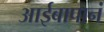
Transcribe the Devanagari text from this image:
आईबापानं